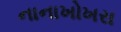
નાનાખોખરા